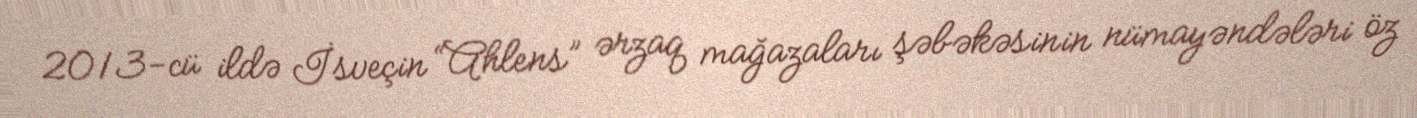
2013-cü ildə İsveçin “Ahlens” ərzaq mağazaları şəbəkəsinin nümayəndələri öz